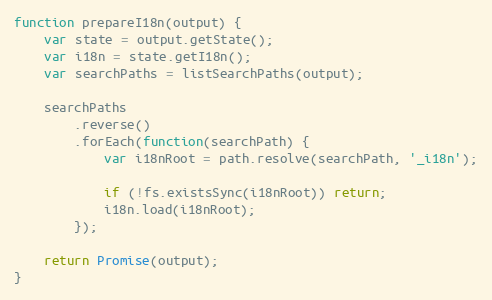
Language: JavaScript
function prepareI18n(output) {
    var state = output.getState();
    var i18n = state.getI18n();
    var searchPaths = listSearchPaths(output);

    searchPaths
        .reverse()
        .forEach(function(searchPath) {
            var i18nRoot = path.resolve(searchPath, '_i18n');

            if (!fs.existsSync(i18nRoot)) return;
            i18n.load(i18nRoot);
        });

    return Promise(output);
}